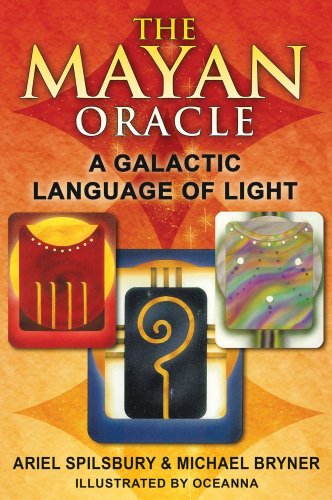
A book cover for The Mayan Oracle: A Galactic Language of Light; Ariel Spilsbury; Religion & Spirituality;